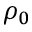
\rho _ { 0 }